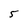
Character: 5